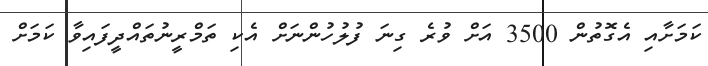
ކަމަށާއި އެގޮތުން 3500 އަށް ވުރެ ގިނަ ފުލުހުންނަށް އެކި ތަމްރީނުތައްދީފައިވާ ކަމަށް